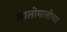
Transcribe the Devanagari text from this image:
सालोमालोच्या